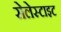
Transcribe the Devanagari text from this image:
सेलेस्टाइट